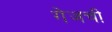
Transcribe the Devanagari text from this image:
गेजची